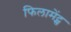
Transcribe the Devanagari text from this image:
फिलामेंट्स